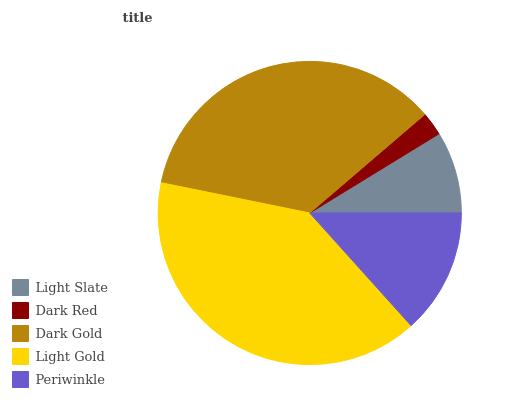
| Light Slate | Dark Red | Dark Gold | Light Gold | Periwinkle |
 | --- | --- | --- | --- | --- |
 | 8.76% | 2.53% | 35.5% | 39.8% | 13.4% |